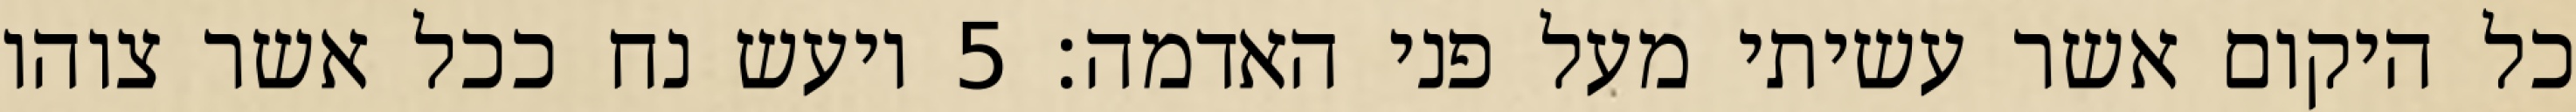
כל היקום אשר עשיתי מעל פני האדמה׃ ‎5‏ ויעש נח ככל אשר צוהו